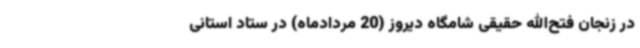
در زنجان فتح‌الله حقیقی شامگاه دیروز (20 مردادماه) در ستاد استانی